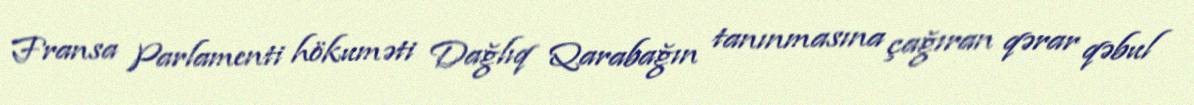
Fransa Parlamenti hökuməti Dağlıq Qarabağın tanınmasına çağıran qərar qəbul